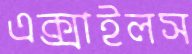
এক্সাইলস